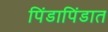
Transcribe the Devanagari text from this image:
पिंडापिंडात